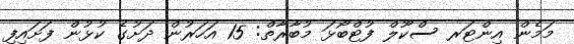
މަމެން އިންޓަރ ސްކޫލް ފުޓްބޯޅަ މުބާރާތް: 15 އަހަރުން ދަށުގެ ކުޅުން ފަށައިފި